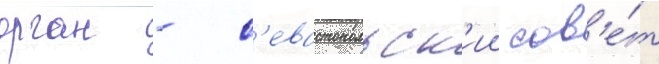
орган - с'евастопольск'ии сов'е́т